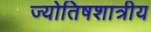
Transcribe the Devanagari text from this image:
ज्योतिषशात्रीय